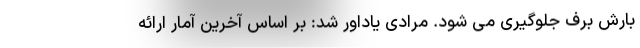
بارش برف جلوگیری می شود. مرادی یاداور شد: بر اساس آخرین آمار ارائه